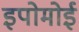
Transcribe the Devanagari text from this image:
इपोमोई